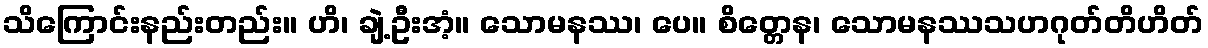
သိကြောင်းနည်းတည်း။ ဟိ၊ ချဲ့ဦးအံ့။ သောမနဿ၊ ပေ။ စိတ္တေန၊ သောမနဿသဟဂုတ်တိဟိတ်